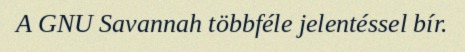
A GNU Savannah többféle jelentéssel bír.